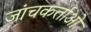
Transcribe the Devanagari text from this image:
जांचकर्ताओ